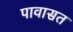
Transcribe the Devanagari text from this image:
पावासत